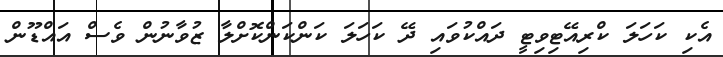
އެކި ކަހަލަ ކްރިއޭޓިވިޓީ ދައްކުވައި ދޭ ކަހަލަ ކަންކަންކޮށްލާ ޒުވާނުން ވެސް އައްޑޫން